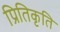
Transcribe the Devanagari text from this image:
प्रितिकृति